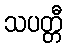
သပတ္တီ